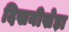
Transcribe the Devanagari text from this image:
दिखनीखेड़ा